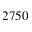
2 7 5 0